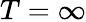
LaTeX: T=\infty